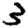
Digit: 3